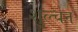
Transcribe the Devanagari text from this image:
शुल्चन